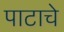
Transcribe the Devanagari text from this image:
पाटाचे